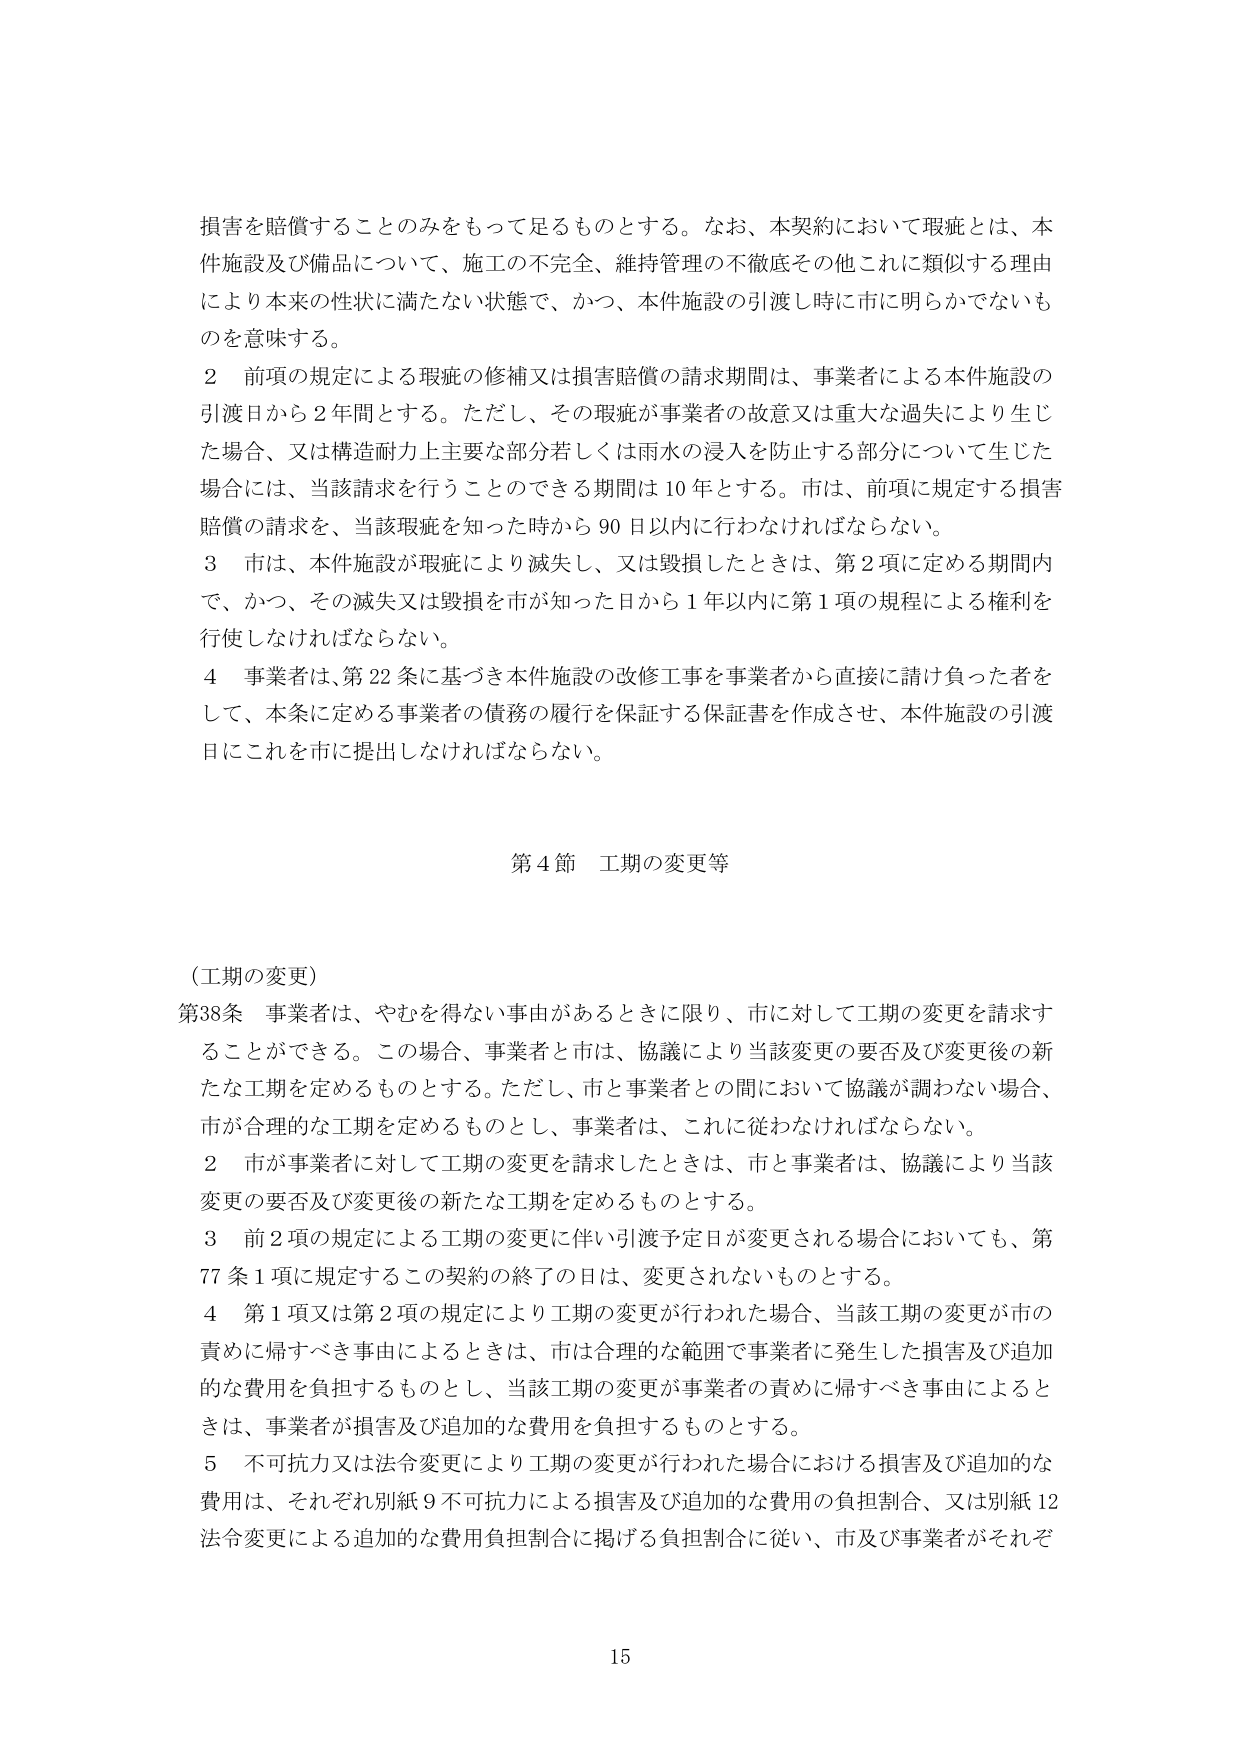
損害を賠償することのみをもって足るものとする。なお、本契約において瑕疵とは、本件施設及び備品について、施工の不完全、維持管理の不徹底その他これに類似する理由により本来の性状に満たない状態で、かつ、本件施設の引渡し時に市に明らかでないものを意味する。

２ 前項の規定による瑕疵の修補又は損害賠償の請求期間は、事業者による本件施設の引渡日から２年間とする。ただし、その瑕疵が事業者の故意又は重大な過失により生じた場合、又は構造耐力上主要な部分若しくは雨水の浸入を防止する部分について生じた場合には、当該請求を行うことのできる期間は10年とする。市は、前項に規定する損害賠償の請求を、当該瑕疵を知った時から90日以内に行わなければならない。

３ 市は、本件施設が瑕疵により滅失し、又は毀損したときは、第２項に定める期間内で、かつ、その滅失又は毀損を市が知った日から１年以内に第１項の規程による権利を行使しなければならない。

４ 事業者は、第22条に基づき本件施設の改修工事を事業者から直接に請け負った者をして、本条に定める事業者の債務の履行を保証する保証書を作成させ、本件施設の引渡日にこれを市に提出しなければならない。

第４節 工期の変更等

（工期の変更）

第38条 事業者は、やむを得ない事由があるときに限り、市に対して工期の変更を請求することができる。この場合、事業者と市は、協議により当該変更の要否及び変更後の新たな工期を定めるものとする。ただし、市と事業者との間において協議が調わない場合、市が合理的な工期を定めるものとし、事業者は、これに従わなければならない。

２ 市が事業者に対して工期の変更を請求したときは、市と事業者は、協議により当該変更の要否及び変更後の新たな工期を定めるものとする。

３ 前２項の規定による工期の変更に伴い引渡予定日が変更される場合においても、第77条１項に規定するこの契約の終了の日は、変更されないものとする。

４ 第１項又は第２項の規定により工期の変更が行われた場合、当該工期の変更が市の責めに帰すべき事由によるときは、市は合理的な範囲で事業者に発生した損害及び追加的な費用を負担するものとし、当該工期の変更が事業者の責めに帰すべき事由によるときは、事業者が損害及び追加的な費用を負担するものとする。

５ 不可抗力又は法令変更により工期の変更が行われた場合における損害及び追加的な費用は、それぞれ別紙９不可抗力による損害及び追加的な費用の負担割合、又は別紙12法令変更による追加的な費用負担割合に掲げる負担割合に従い、市及び事業者がそれぞれ

15